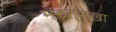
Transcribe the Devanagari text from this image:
मरुत्‌सखा